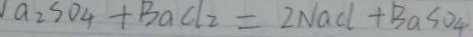
a _ { 2 } S O _ { 4 } + B a C l _ { 2 } = 2 N a C l + B a S O _ { 4 }